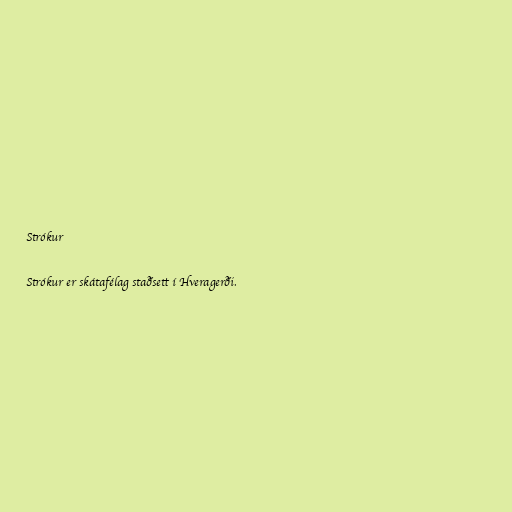
Strókur

Strókur er skátafélag staðsett í Hveragerði.